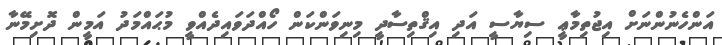
އަންހެނުންނަށް އިޖުތިމާޢީ ސިޔާސީ އަދި އިޤްތިސާދީ މިނިވަންކަން ހޯއްދަވައިދެއްވީ މުޙައްމަދު އަމީން ދޮށިމޭނާ